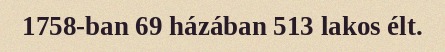
1758-ban 69 házában 513 lakos élt.